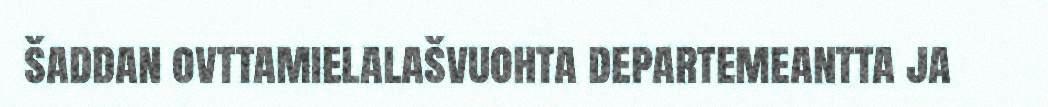
šaddan ovttamielalašvuohta departemeantta ja